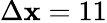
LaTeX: \Delta\mathbf{x}=11